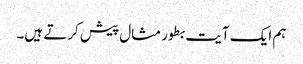
ہم ایک آیت بطور مثال پیش کرتے ہیں۔